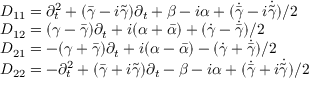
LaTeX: \begin{array} { l } { { { \cal D } _ { 1 1 } = \partial _ { t } ^ { 2 } + ( \bar { \gamma } - i \tilde { \gamma } ) \partial _ { t } + \beta - i \alpha + ( \dot { \bar { \gamma } } - i \dot { \tilde { \gamma } } ) / 2 } } \\ { { { \cal D } _ { 1 2 } = ( \gamma - \bar { \gamma } ) \partial _ { t } + i ( \alpha + \bar { \alpha } ) + ( \dot { \gamma } - \dot { \bar { \gamma } } ) / 2 } } \\ { { { \cal D } _ { 2 1 } = - ( \gamma + \bar { \gamma } ) \partial _ { t } + i ( \alpha - \bar { \alpha } ) - ( \dot { \gamma } + \dot { \bar { \gamma } } ) / 2 } } \\ { { { \cal D } _ { 2 2 } = - \partial _ { t } ^ { 2 } + ( \bar { \gamma } + i \tilde { \gamma } ) \partial _ { t } - \beta - i \alpha + ( \dot { \bar { \gamma } } + i \dot { \tilde { \gamma } } ) / 2 } } \end{array}